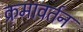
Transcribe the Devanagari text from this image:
क्रमावर्तन